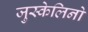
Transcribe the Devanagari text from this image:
जुस्केलिनो